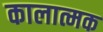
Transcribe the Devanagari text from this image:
कालात्मक